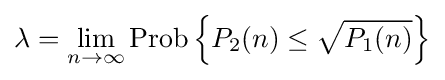
\lambda =\lim _{n\to \infty }{\text{Prob}}\left\{P_{2}(n)\leq {\sqrt {P_{1}(n)}}\right\}